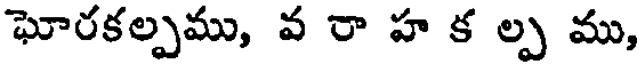
ఘోరకల్పము, వ రా హ క ల్ప ము,